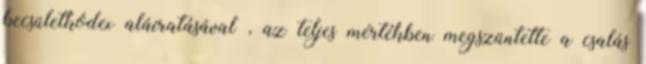
becsületkódex aláíratásával , az teljes mértékben megszüntette a csalás